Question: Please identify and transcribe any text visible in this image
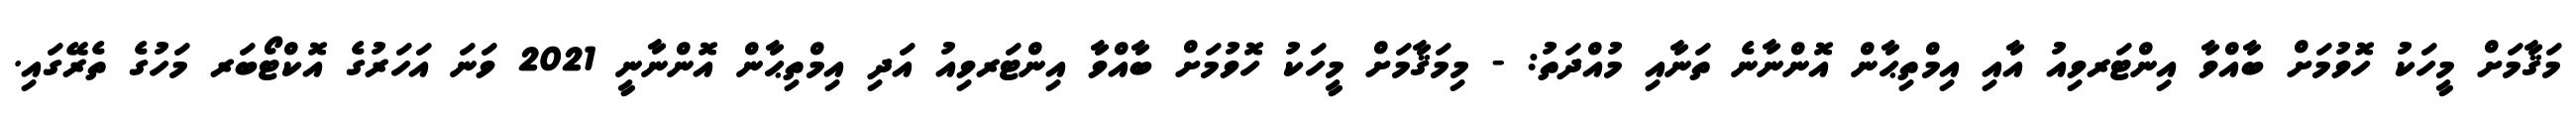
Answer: މަޤާމަށް މީހަކު ހޮވުމަށް ބާއްވާ އިންޓަރވިއު އާއި އިމްތިޙާން އޮންނާނެ ތަނާއި މުއްދަތު: - މިމަޤާމަށް މީހަކު ހޮވުމަށް ބާއްވާ އިންޓަރވިއު އަދި އިމްތިޙާން އޮންނާނީ 2021 ވަނަ އަހަރުގެ އޮކްޓޯބަރ މަހުގެ ތެރޭގައި.